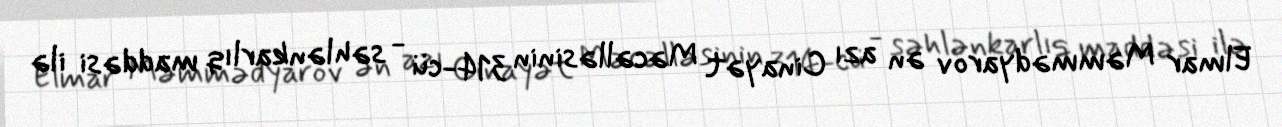
Elmar Məmmədyarov ən azı Cinayət Məcəlləsinin 314-cü - səhlənkarlıq maddəsi ilə